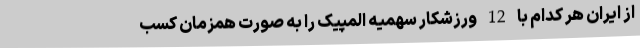
از ایران هر کدام با 12 ورزشکار سهمیه المپیک را به صورت همزمان کسب